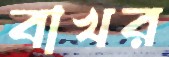
বাখর